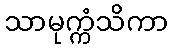
သာမုက္ကံသိကာ